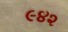
૯૪૨